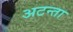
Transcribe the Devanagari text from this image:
अटन्ता